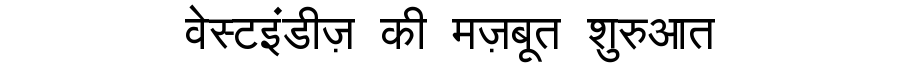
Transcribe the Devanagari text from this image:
वेस्टइंडीज़ की मज़बूत शुरुआत